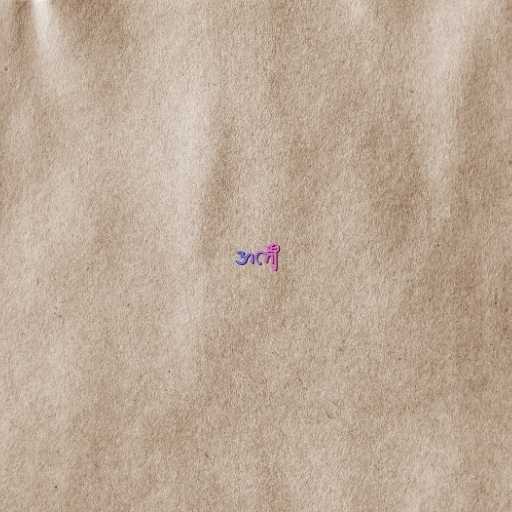
အင်္ကျီ